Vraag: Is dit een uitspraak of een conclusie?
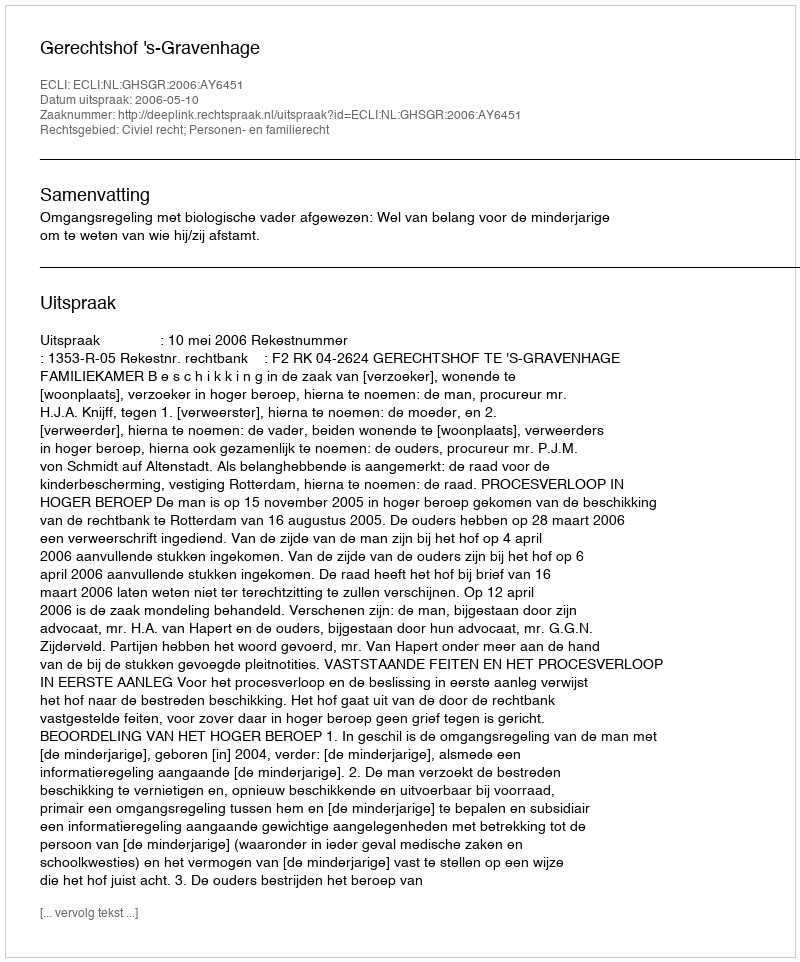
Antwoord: Uitspraak